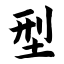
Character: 型